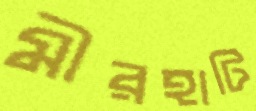
মীরহাটি